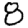
Digit: 8